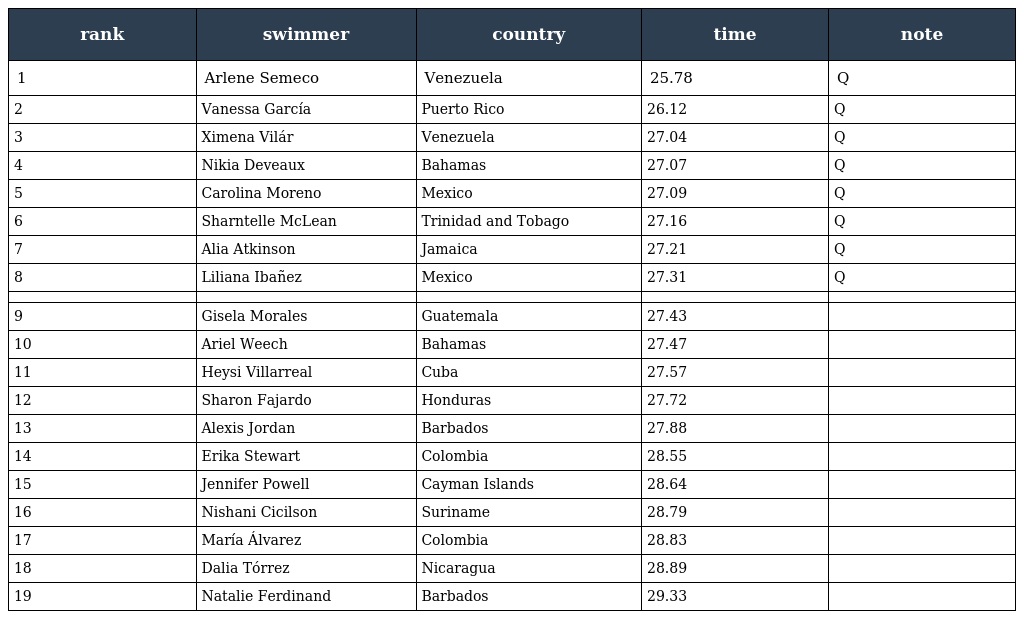
| rank | swimmer | country | time | note |
 | --- | --- | --- | --- | --- |
 | 1 | Arlene Semeco | Venezuela | 25.78 | Q |
 | 2 | Vanessa García | Puerto Rico | 26.12 | Q |
 | 3 | Ximena Vilár | Venezuela | 27.04 | Q |
 | 4 | Nikia Deveaux | Bahamas | 27.07 | Q |
 | 5 | Carolina Moreno | Mexico | 27.09 | Q |
 | 6 | Sharntelle McLean | Trinidad and Tobago | 27.16 | Q |
 | 7 | Alia Atkinson | Jamaica | 27.21 | Q |
 | 8 | Liliana Ibañez | Mexico | 27.31 | Q |
 |  |  |  |  |  |
 | 9 | Gisela Morales | Guatemala | 27.43 |  |
 | 10 | Ariel Weech | Bahamas | 27.47 |  |
 | 11 | Heysi Villarreal | Cuba | 27.57 |  |
 | 12 | Sharon Fajardo | Honduras | 27.72 |  |
 | 13 | Alexis Jordan | Barbados | 27.88 |  |
 | 14 | Erika Stewart | Colombia | 28.55 |  |
 | 15 | Jennifer Powell | Cayman Islands | 28.64 |  |
 | 16 | Nishani Cicilson | Suriname | 28.79 |  |
 | 17 | María Álvarez | Colombia | 28.83 |  |
 | 18 | Dalia Tórrez | Nicaragua | 28.89 |  |
 | 19 | Natalie Ferdinand | Barbados | 29.33 |  |